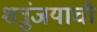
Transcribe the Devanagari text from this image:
शत्रुंजयाची